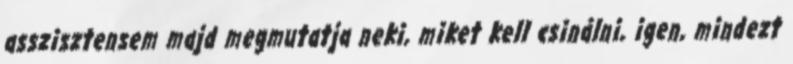
asszisztensem majd megmutatja neki, miket kell csinálni, igen, mindezt